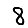
Digit: 8